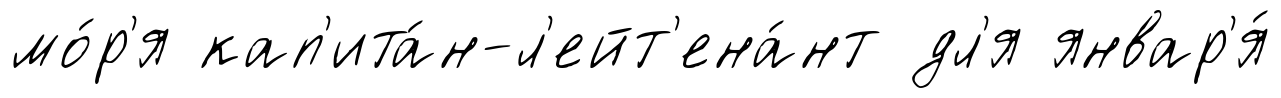
мо́р'я кап'ита́н-л'ейт'ена́нт дл'я январ'я́